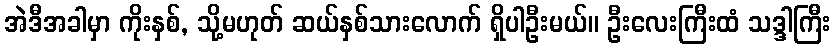
အဲဒီအခါမှာ ကိုးနှစ်, သို့မဟုတ် ဆယ်နှစ်သားလောက် ရှိပါဦးမယ်။ ဦးလေးကြီးထံ သဒ္ဒါကြီး